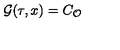
{ \cal G } ( \tau , x ) = C _ { \cal { O } }